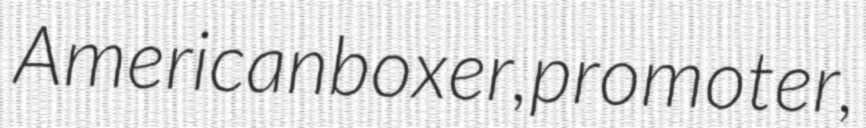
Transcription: American boxer, promoter,